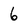
Character: 6